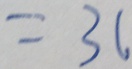
= 3 6